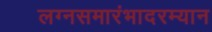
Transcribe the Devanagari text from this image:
लग्नसमारंभादरम्यान